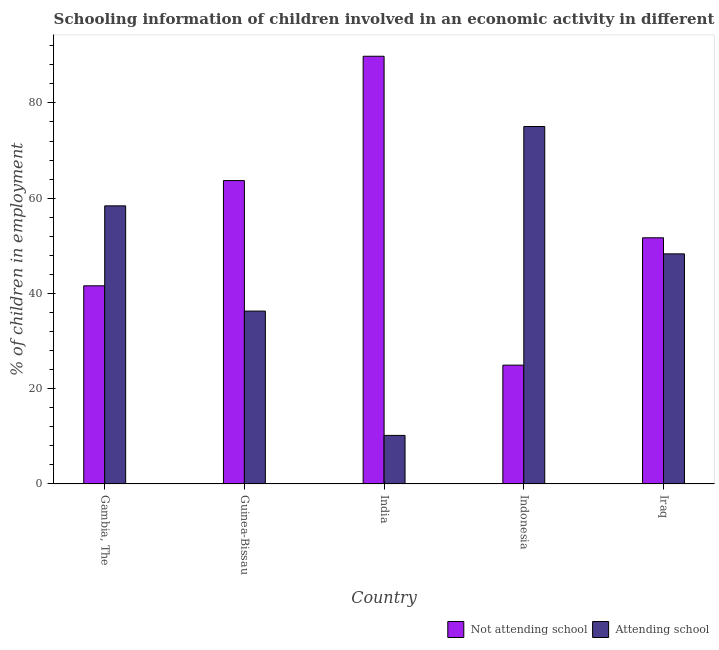
| Country | Not attending school | Attending school |
 | --- | --- | --- |
 | Gambia, The | 41.6 | 58.4 |
 | Guinea-Bissau | 63.7 | 36.3 |
 | India | 89.8 | 10.2 |
 | Indonesia | 24.9 | 75.1 |
 | Iraq | 51.7 | 48.3 |